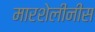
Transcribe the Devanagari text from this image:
मारशेलीनीस